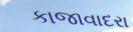
કાજાવાદરા